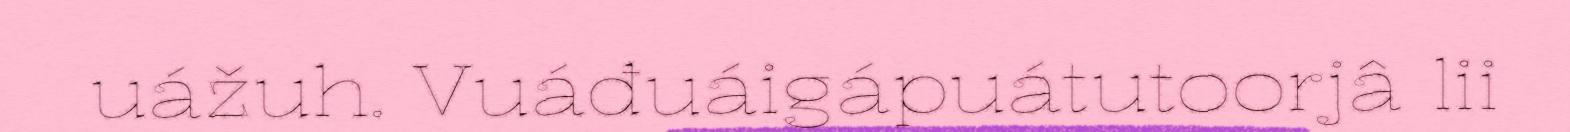
uážuh. Vuáđuáigápuátutoorjâ lii